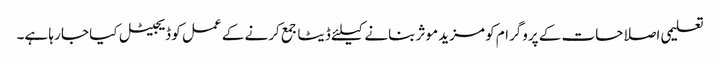
تعلیمی اصلاحات کے پروگرام کو مزید موثر بنانے کیلئے ڈیٹا جمع کرنے کے عمل کو ڈیجیٹل کیا جا رہا ہے۔